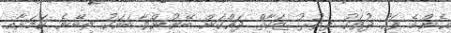
އެންމެ ފަހު ދުވަހު ފިޠުރު ޒަކާތް ދައްކަން ބޭނުންވާ ބައަކު ތިބޭނެ ކަމަށާއި